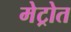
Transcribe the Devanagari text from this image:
मेट्रोत